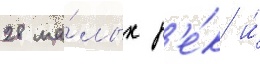
28 ма́лых р'е́к и́